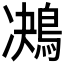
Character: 𪁠